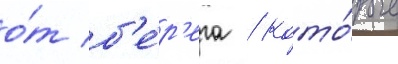
о́т б'е́р'ега / кото́рые